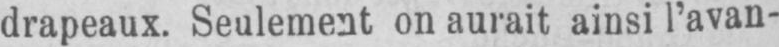
on aurait ainsi l’avan-